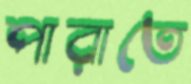
পারাতে